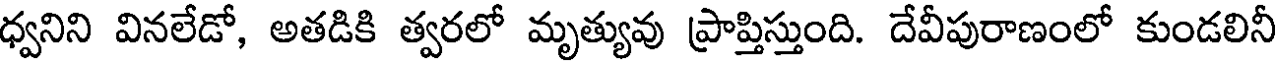
ధ్వనిని వినలేడో, అతడికి త్వరలో మృత్యువు ప్రాప్తిస్తుంది. దేవీపురాణంలో కుండలినీ